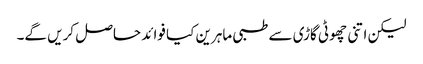
لیکن اتنی چھوٹی گاڑی سے طبی ماہرین کیا فوائد حاصل کریں گے۔